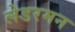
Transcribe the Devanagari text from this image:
लेडरमन